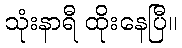
သုံးနာရီ ထိုးနေပြီ။